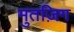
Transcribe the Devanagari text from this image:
मुतज़िग